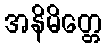
အနိမိတ္တေ